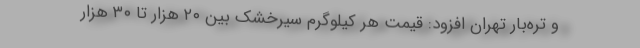
و تره‌بار تهران افزود: قیمت هر کیلوگرم سیرخشک بین ۲۰ هزار تا ۳۰ هزار